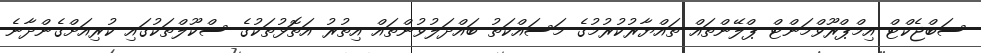
ސަބްޖެކްޓް އިމްޕްރޫވްމަންޓް ޕްލޭންތައް ތައްޔާރުކުރުމުގެ މަސައްކަތު ބައްދަލުވުންތައް އިތުރު އަތޮޅުތަކުގެ ސްކޫލްތަކުގައި ކުރިއަށްގެންދާނެ